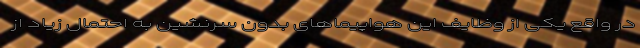
در واقع یکی از وظایف این هواپیماهای بدون سرنشین به احتمال زیاد از